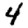
Digit: 4